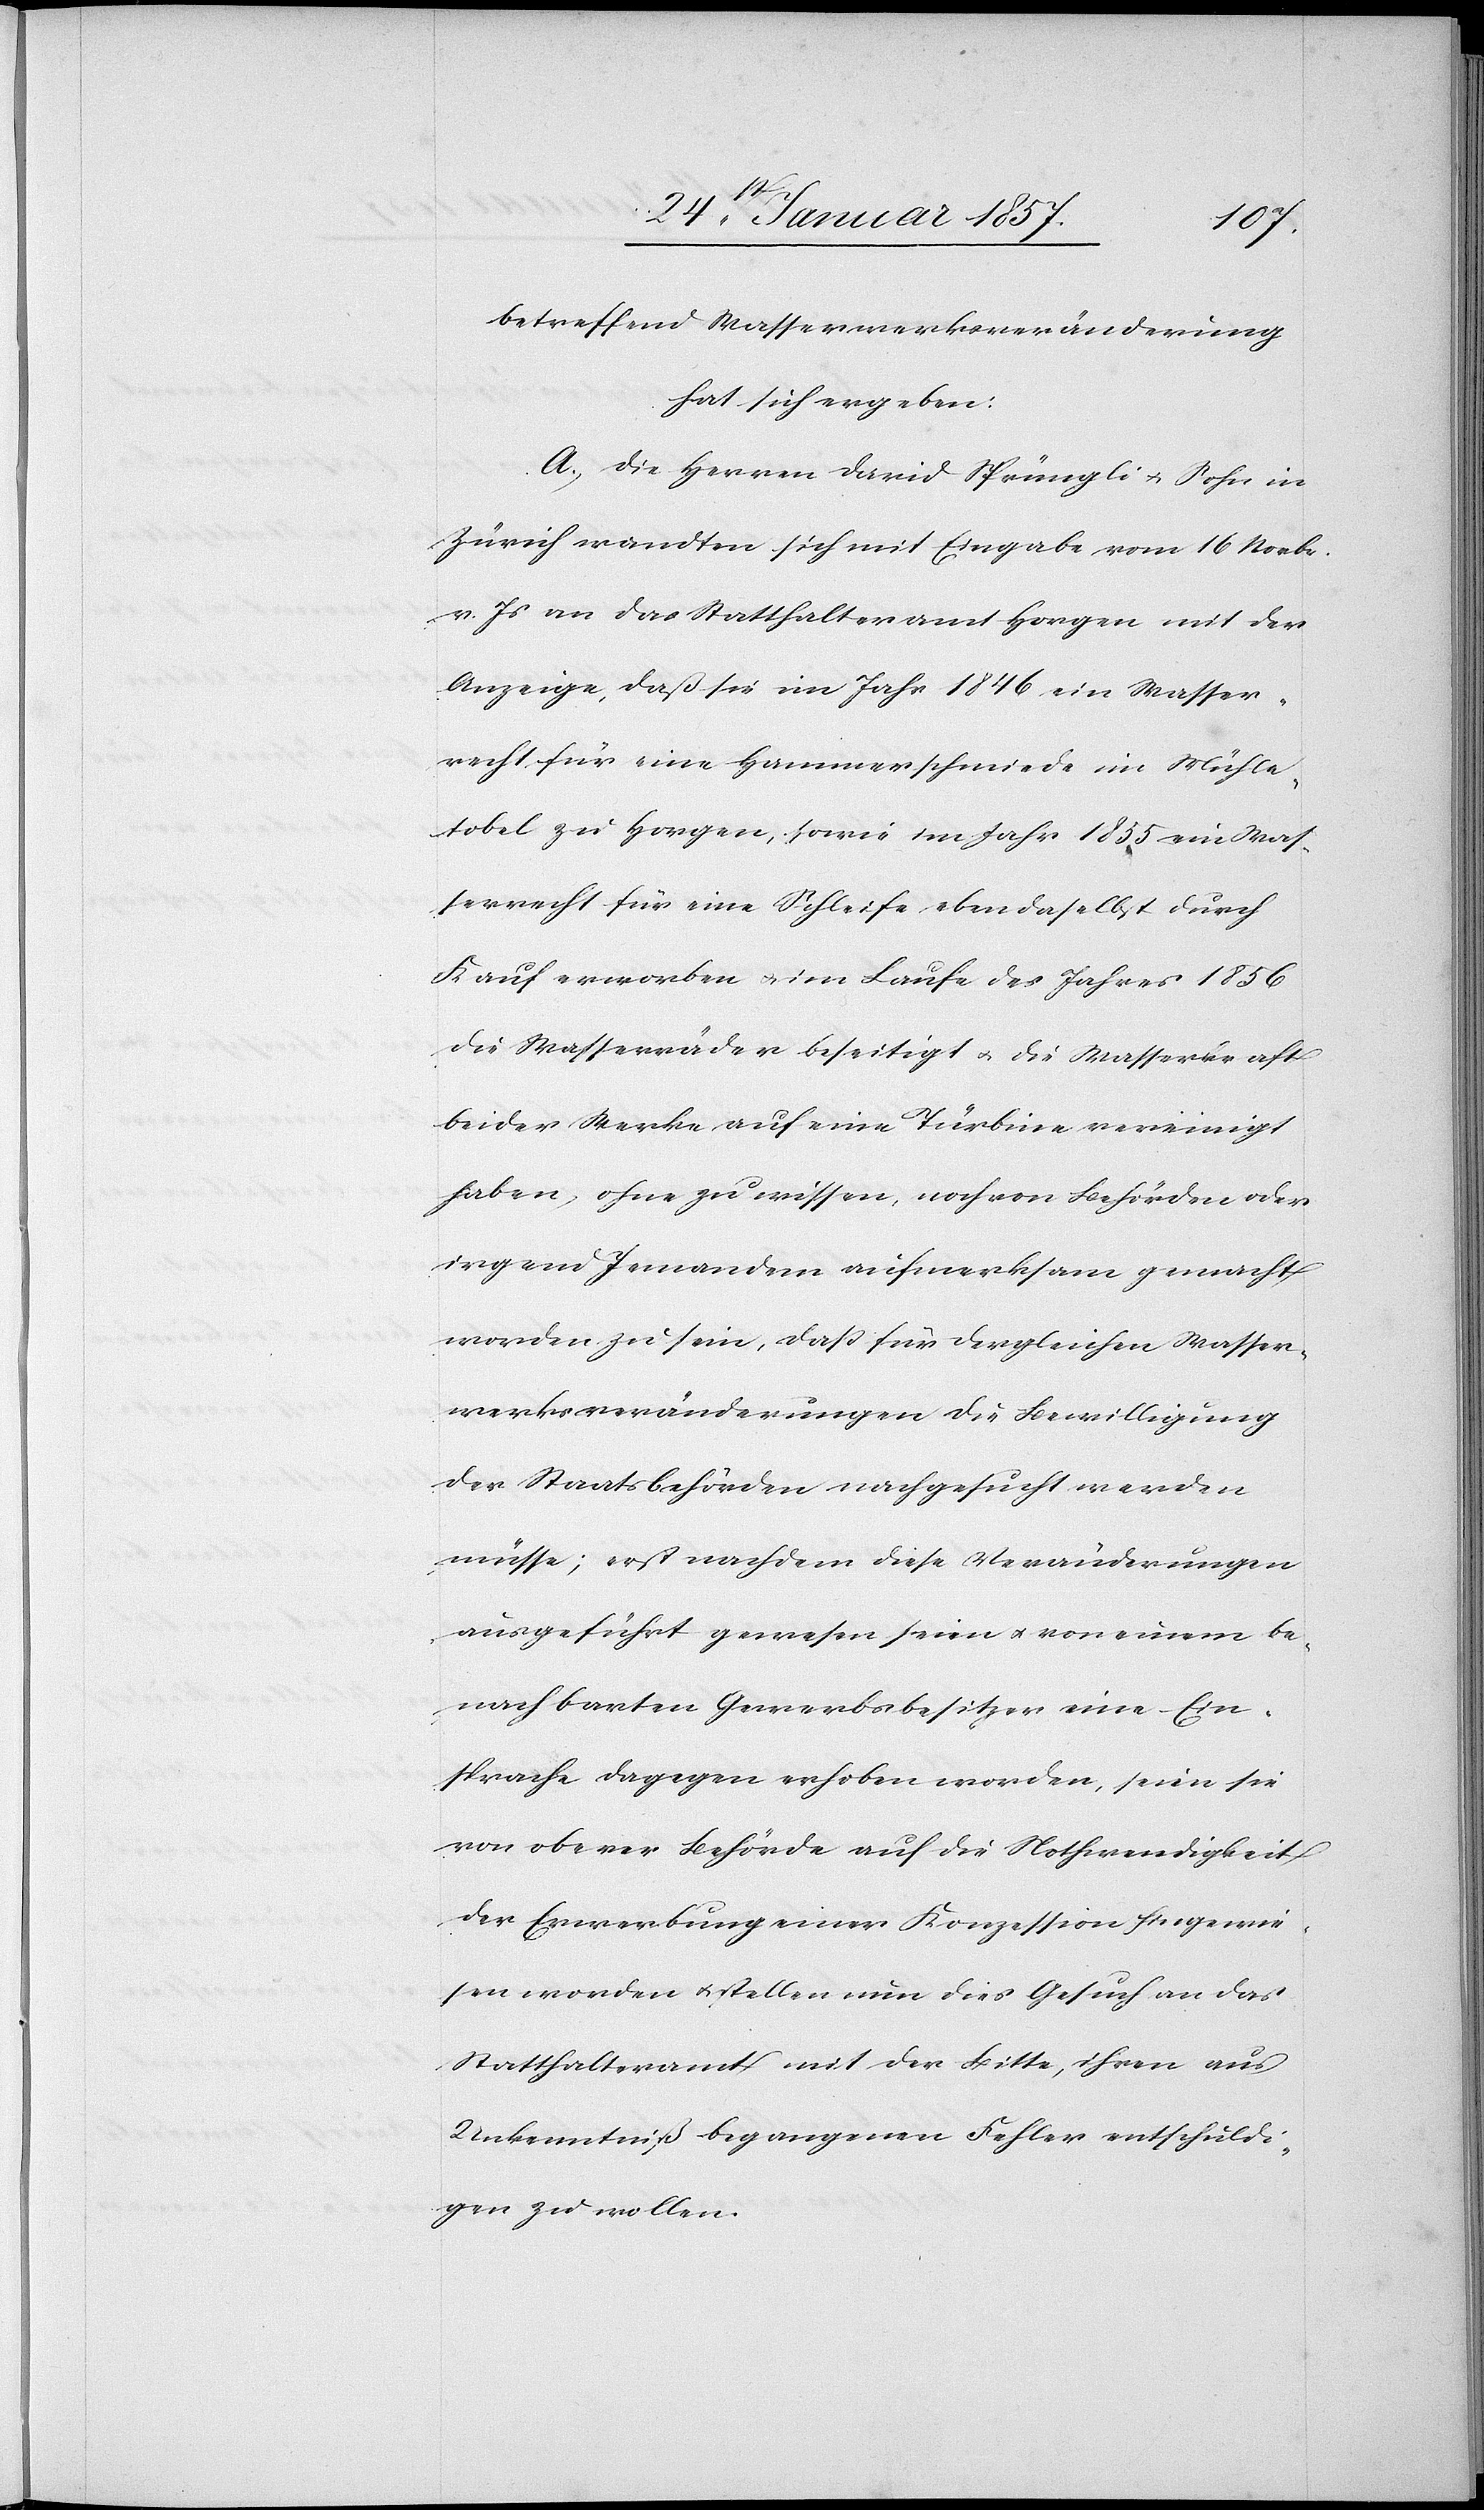
betreffend Wasserwerksveränderung
hat sich ergeben:
A. Die Herren David Sprüngli & Sohn in
Zürich wandten sich mit Eingabe vom 16 Novbr
v. Js an das Statthalteramt Horgen mit der
Anzeige, daß sie im Jahr 1846 ein Wasser¬
recht für eine Hammerschmiede in Mühle¬
tobel zu Horgen, sowie im Jahr 1855 ein Was¬
serrecht für eine Schleife ebendaselbst durch
Kauf erworben & im Laufe des Jahres 1856
die Wasserräder beseitigt & Wasserkraft beider Werke auf
haben, ohne zu wissen, noch von Behörden oder
irgend Jemandem aufmerksam gemacht
worden zu sein, daß für dergleichen Wasser¬
werksveränderungen die Bewilligung
der Staatsbehörden nachgesucht werden
müsse; erst nachdem diese Veränderungen
ausgeführt gewesen seien & von einem be¬
nachbarten Gewerbsbesitzer eine Ein¬
sprache dagegen erhoben worden, seien sie
von oberer Behörde auf die Nothwendigkeit
der Erwerbung einer Konzession hingewie¬
sen worden & stellen nun dies Gesuch an das
Statthalteramt mit der Bitte, ihren aus
Unkenntniß begangenen Fehler entschuldi¬
gen zu wollen.